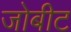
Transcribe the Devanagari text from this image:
जोबीट